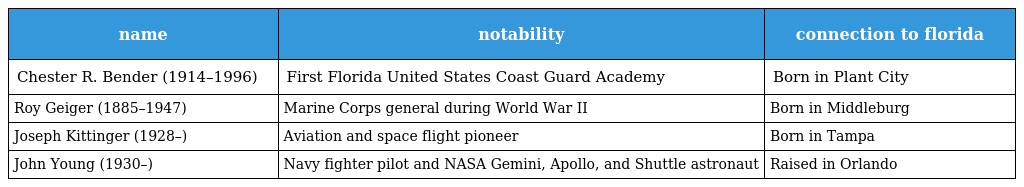
| name | notability | connection to florida |
 | --- | --- | --- |
 | Chester R. Bender (1914–1996) | First Florida United States Coast Guard Academy | Born in Plant City |
 | Roy Geiger (1885–1947) | Marine Corps general during World War II | Born in Middleburg |
 | Joseph Kittinger (1928–) | Aviation and space flight pioneer | Born in Tampa |
 | John Young (1930–) | Navy fighter pilot and NASA Gemini, Apollo, and Shuttle astronaut | Raised in Orlando |